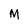
Character: M